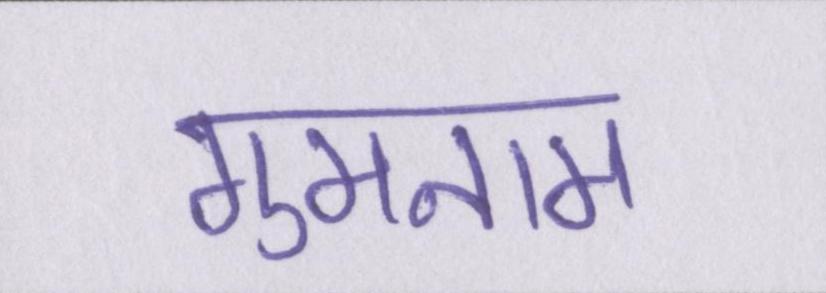
गुमनाम